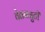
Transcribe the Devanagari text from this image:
वेतनत्रुटी